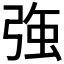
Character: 𭚸